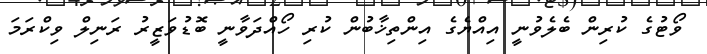
ވޯޓުގެ ކުރިން ބެލެވުނީ އިއްޔެގެ އިންތިޚާބުން ކުރި ހޯއްދަވާނީ ބޮޑުވަޒީރު ރަނިލް ވިކްރަމަ